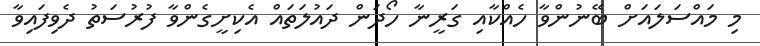
މި މައްސަލައަށް ބޭނުންވާ ހެއްކާއި ގަރީނާ ހޯދަން ދައުލަތައް އެކިށީގެންވާ ފުރުސަތު ދެވިފައިވާ